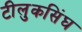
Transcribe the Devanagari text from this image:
टीलुकसिंघ